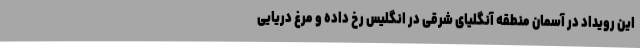
این رویداد در آسمان منطقه آنگلیای شرقی در انگلیس رخ داده و مرغ دریایی